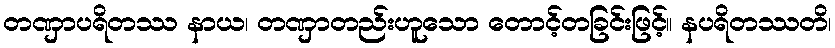
တဏှာပရိတဿ နာယ၊ တဏှာတည်းဟူသော တောင့်တခြင်းဖြင့်။ နပရိတဿတိ၊